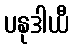
ပနုဒါယီ